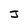
Character: J